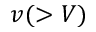
v ( > V )